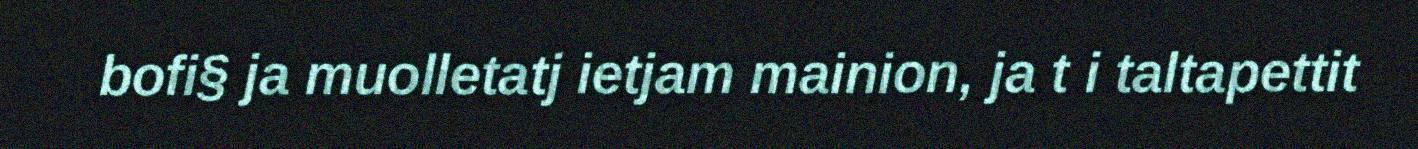
bofi§ ja muolletatj ietjam mainion, ja t i taltapettit